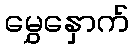
မွှေနှောက်